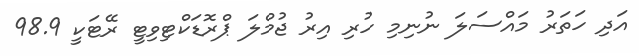
އަދި ހަތަރު މައްސަލަ ނުނިމި ހުރި އިރު ޖުމްލަ ޕްރޮޑަކްޓިވިޓީ ރޭޓަކީ 98.9